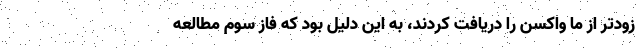
زودتر از ما واکسن را دریافت کردند، به این دلیل بود که فاز سوم مطالعه